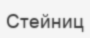
Стейниц